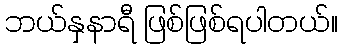
ဘယ်နှနာရီ ဖြစ်ဖြစ်ရပါတယ်။